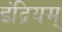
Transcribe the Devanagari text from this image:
इंद्रियम्